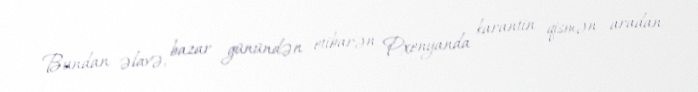
Bundan əlavə, bazar günündən etibarən Pxenyanda karantin qismən aradan